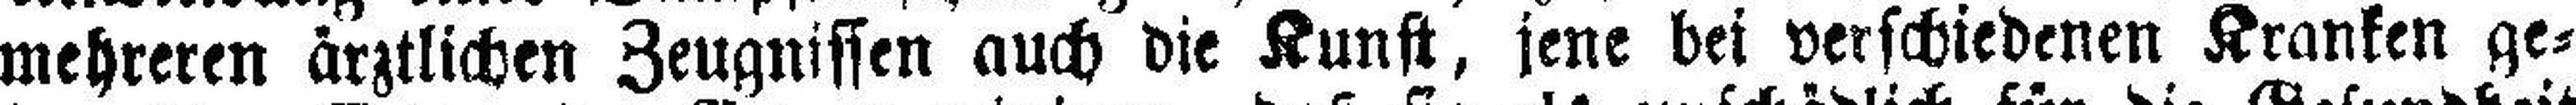
mehreren ärztlichen Zeugnissen auch die Kunst, jene bei verschiedenen Kranken ge¬